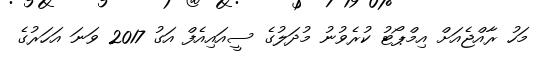
މަހު ރާއްޖެއަށް އިމްޕޯޓު ކުރެވުނު މުދަލުގެ ސީއައިއެފް އަގު 2017 ވަނަ އަހަރުގެ